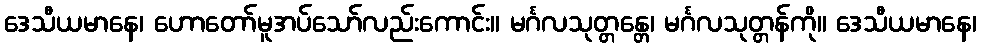
ဒေသီယမာနေ၊ ဟောတော်မူအပ်သော်လည်းကောင်း။ မင်္ဂလသုတ္တန္တေ၊ မင်္ဂလသုတ္တန်ကို။ ဒေသီယမာနေ၊